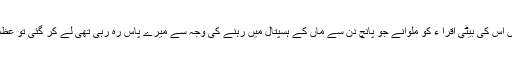
عظمی کی موت سے ایک دن پہلے جب ٹورنٹو جنرل ہسپتال میں اس کی بیٹی اقرا ء کو ملوانے جو پانچ دن سے ماں کے ہسپتال میں رہنے کی وجہ سے میرے پاس رہ رہی تھی لے کر گئی تو عظمی کی آنکھیں نقاہت سے بند تھیں اس سے بولا نہیں جارہا تھا ۔